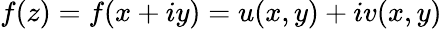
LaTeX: f(z)=f(x+iy)=u(x,y)+iv(x,y)